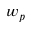
w _ { p }